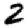
Digit: 2